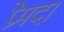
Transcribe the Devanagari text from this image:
प्रेमदा